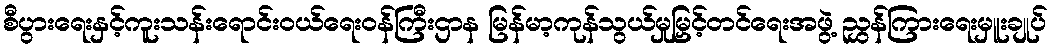
စီပွားရေးနှင့်ကူးသန်းရောင်းဝယ်ရေးဝန်ကြီးဌာန မြန်မာ့ကုန်သွယ်မှုမြှင့်တင်ရေးအဖွဲ့ ညွှန်ကြားရေးမှူးချုပ်